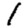
Digit: 1